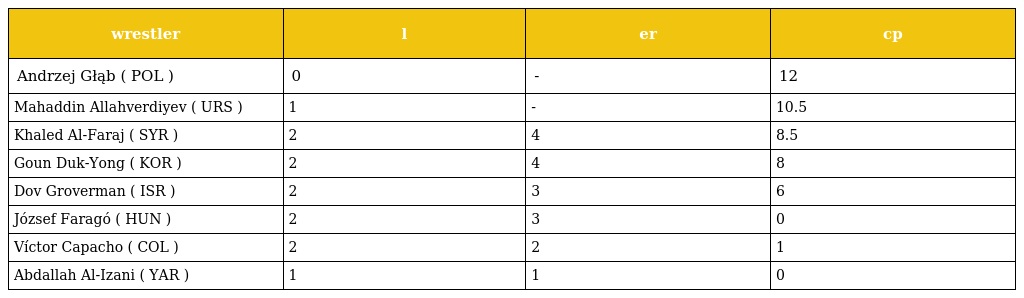
| wrestler | l | er | cp |
 | --- | --- | --- | --- |
 | Andrzej Głąb ( POL ) | 0 | - | 12 |
 | Mahaddin Allahverdiyev ( URS ) | 1 | - | 10.5 |
 | Khaled Al-Faraj ( SYR ) | 2 | 4 | 8.5 |
 | Goun Duk-Yong ( KOR ) | 2 | 4 | 8 |
 | Dov Groverman ( ISR ) | 2 | 3 | 6 |
 | József Faragó ( HUN ) | 2 | 3 | 0 |
 | Víctor Capacho ( COL ) | 2 | 2 | 1 |
 | Abdallah Al-Izani ( YAR ) | 1 | 1 | 0 |